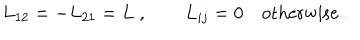
L _ { 1 2 } = - L _ { 2 1 } = L \; , \qquad L _ { i j } = 0 \quad \mathrm { o t h e r w i s e } \; .